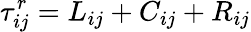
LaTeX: \tau_{ij}^{r}=L_{ij}+C_{ij}+R_{ij}